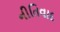
નીતિવાદ